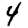
Digit: 4